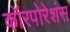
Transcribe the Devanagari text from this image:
कॉरपोरेशंस